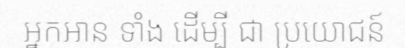
អ្នកអាន ទាំង ដើម្បី ជា ប្រយោជន៍